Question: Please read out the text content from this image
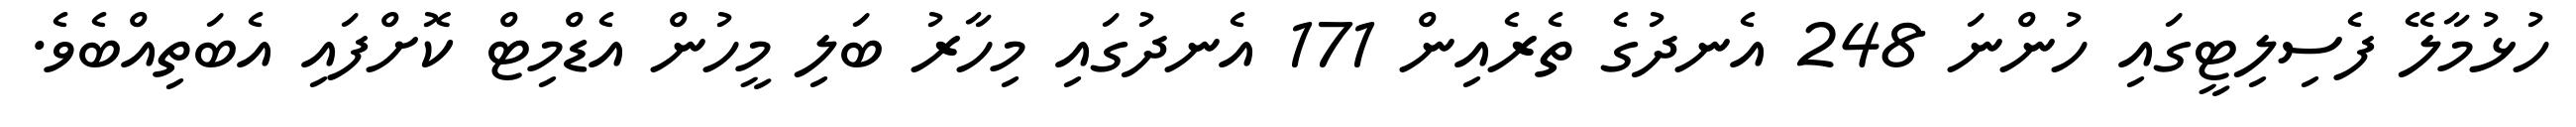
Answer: ހުޅުމާލޭ ފެސިލިޓީގައި ހުންނަ 248 އެނދުގެ ތެރެއިން 171 އެނދުގައި މިހާރު ބަލި މީހުން އެޑްމިޓް ކޮށްފައި އެބަތިއްބެވެ.